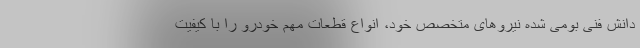
دانش فنی بومی شده نیروهای متخصص خود، انواع قطعات مهم خودرو را با کیفیت